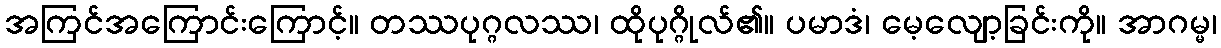
အကြင်အကြောင်းကြောင့်။ တဿပုဂ္ဂလဿ၊ ထိုပုဂ္ဂိုလ်၏။ ပမာဒံ၊ မေ့လျော့ခြင်းကို။ အာဂမ္မ၊